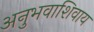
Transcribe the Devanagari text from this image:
अनुभवाशिवाय